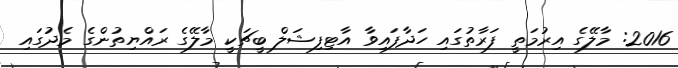
2016: މާލޭގެ އިރުމަތީ ފަރާތުގައި ހަދާފައިވާ އާޓިފިޝަލް ބީޗަކީ މާލޭގެ ރައްޔިތުންގެ މެދުގައި